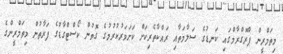
މިތަމްރީން ޕްރޮގްރާމްގައި ކަނޑުގެ ސަލާމަތާއި ރައްކާތެރިކަށް ކަށަވަރުކުރުމުގެ ގޮތުން ކޯސްޓްގާޑުގެ ފަރާތުން މިތަމްރީންގެ